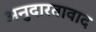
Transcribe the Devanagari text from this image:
अनुदारतावाद